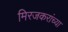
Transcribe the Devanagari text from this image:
मिरजकरांच्या